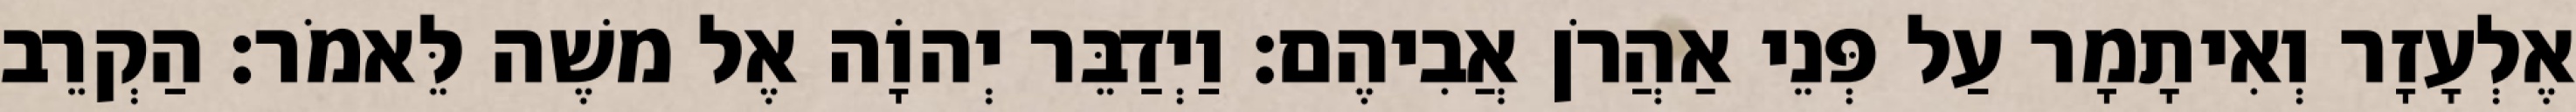
אֶלְעָזָר וְאִיתָמָר עַל פְּנֵי אַהֲרֹן אֲבִיהֶם׃ וַיְדַבֵּר יְהוָֹה אֶל משֶׁה לֵּאמֹר׃ הַקְרֵב